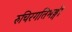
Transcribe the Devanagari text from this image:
रुचिरगतिभङ्गी